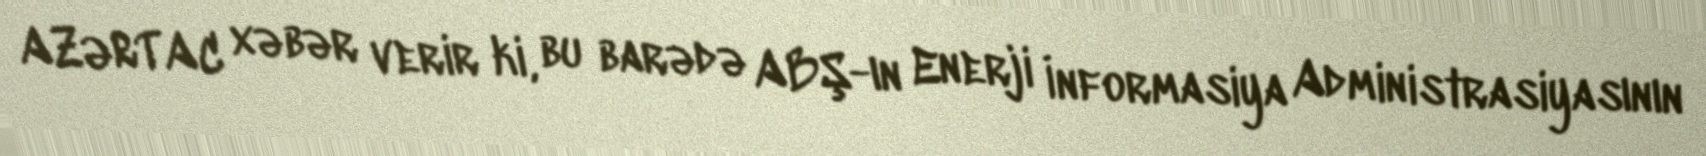
AZƏRTAC xəbər verir ki, bu barədə ABŞ-ın Enerji İnformasiya Administrasiyasının